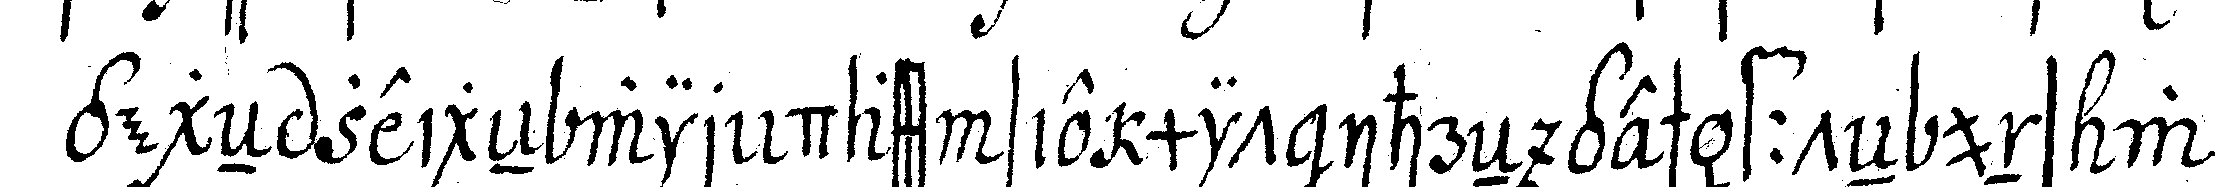
gegeN zeigeN wir dass sie mit ihreN geschäffteN uns we